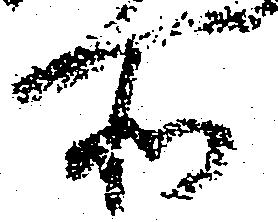
所